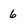
Character: 6